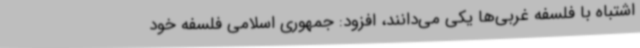
اشتباه با فلسفه غربی‌ها یکی می‌دانند، افزود: جمهوری اسلامی فلسفه خود